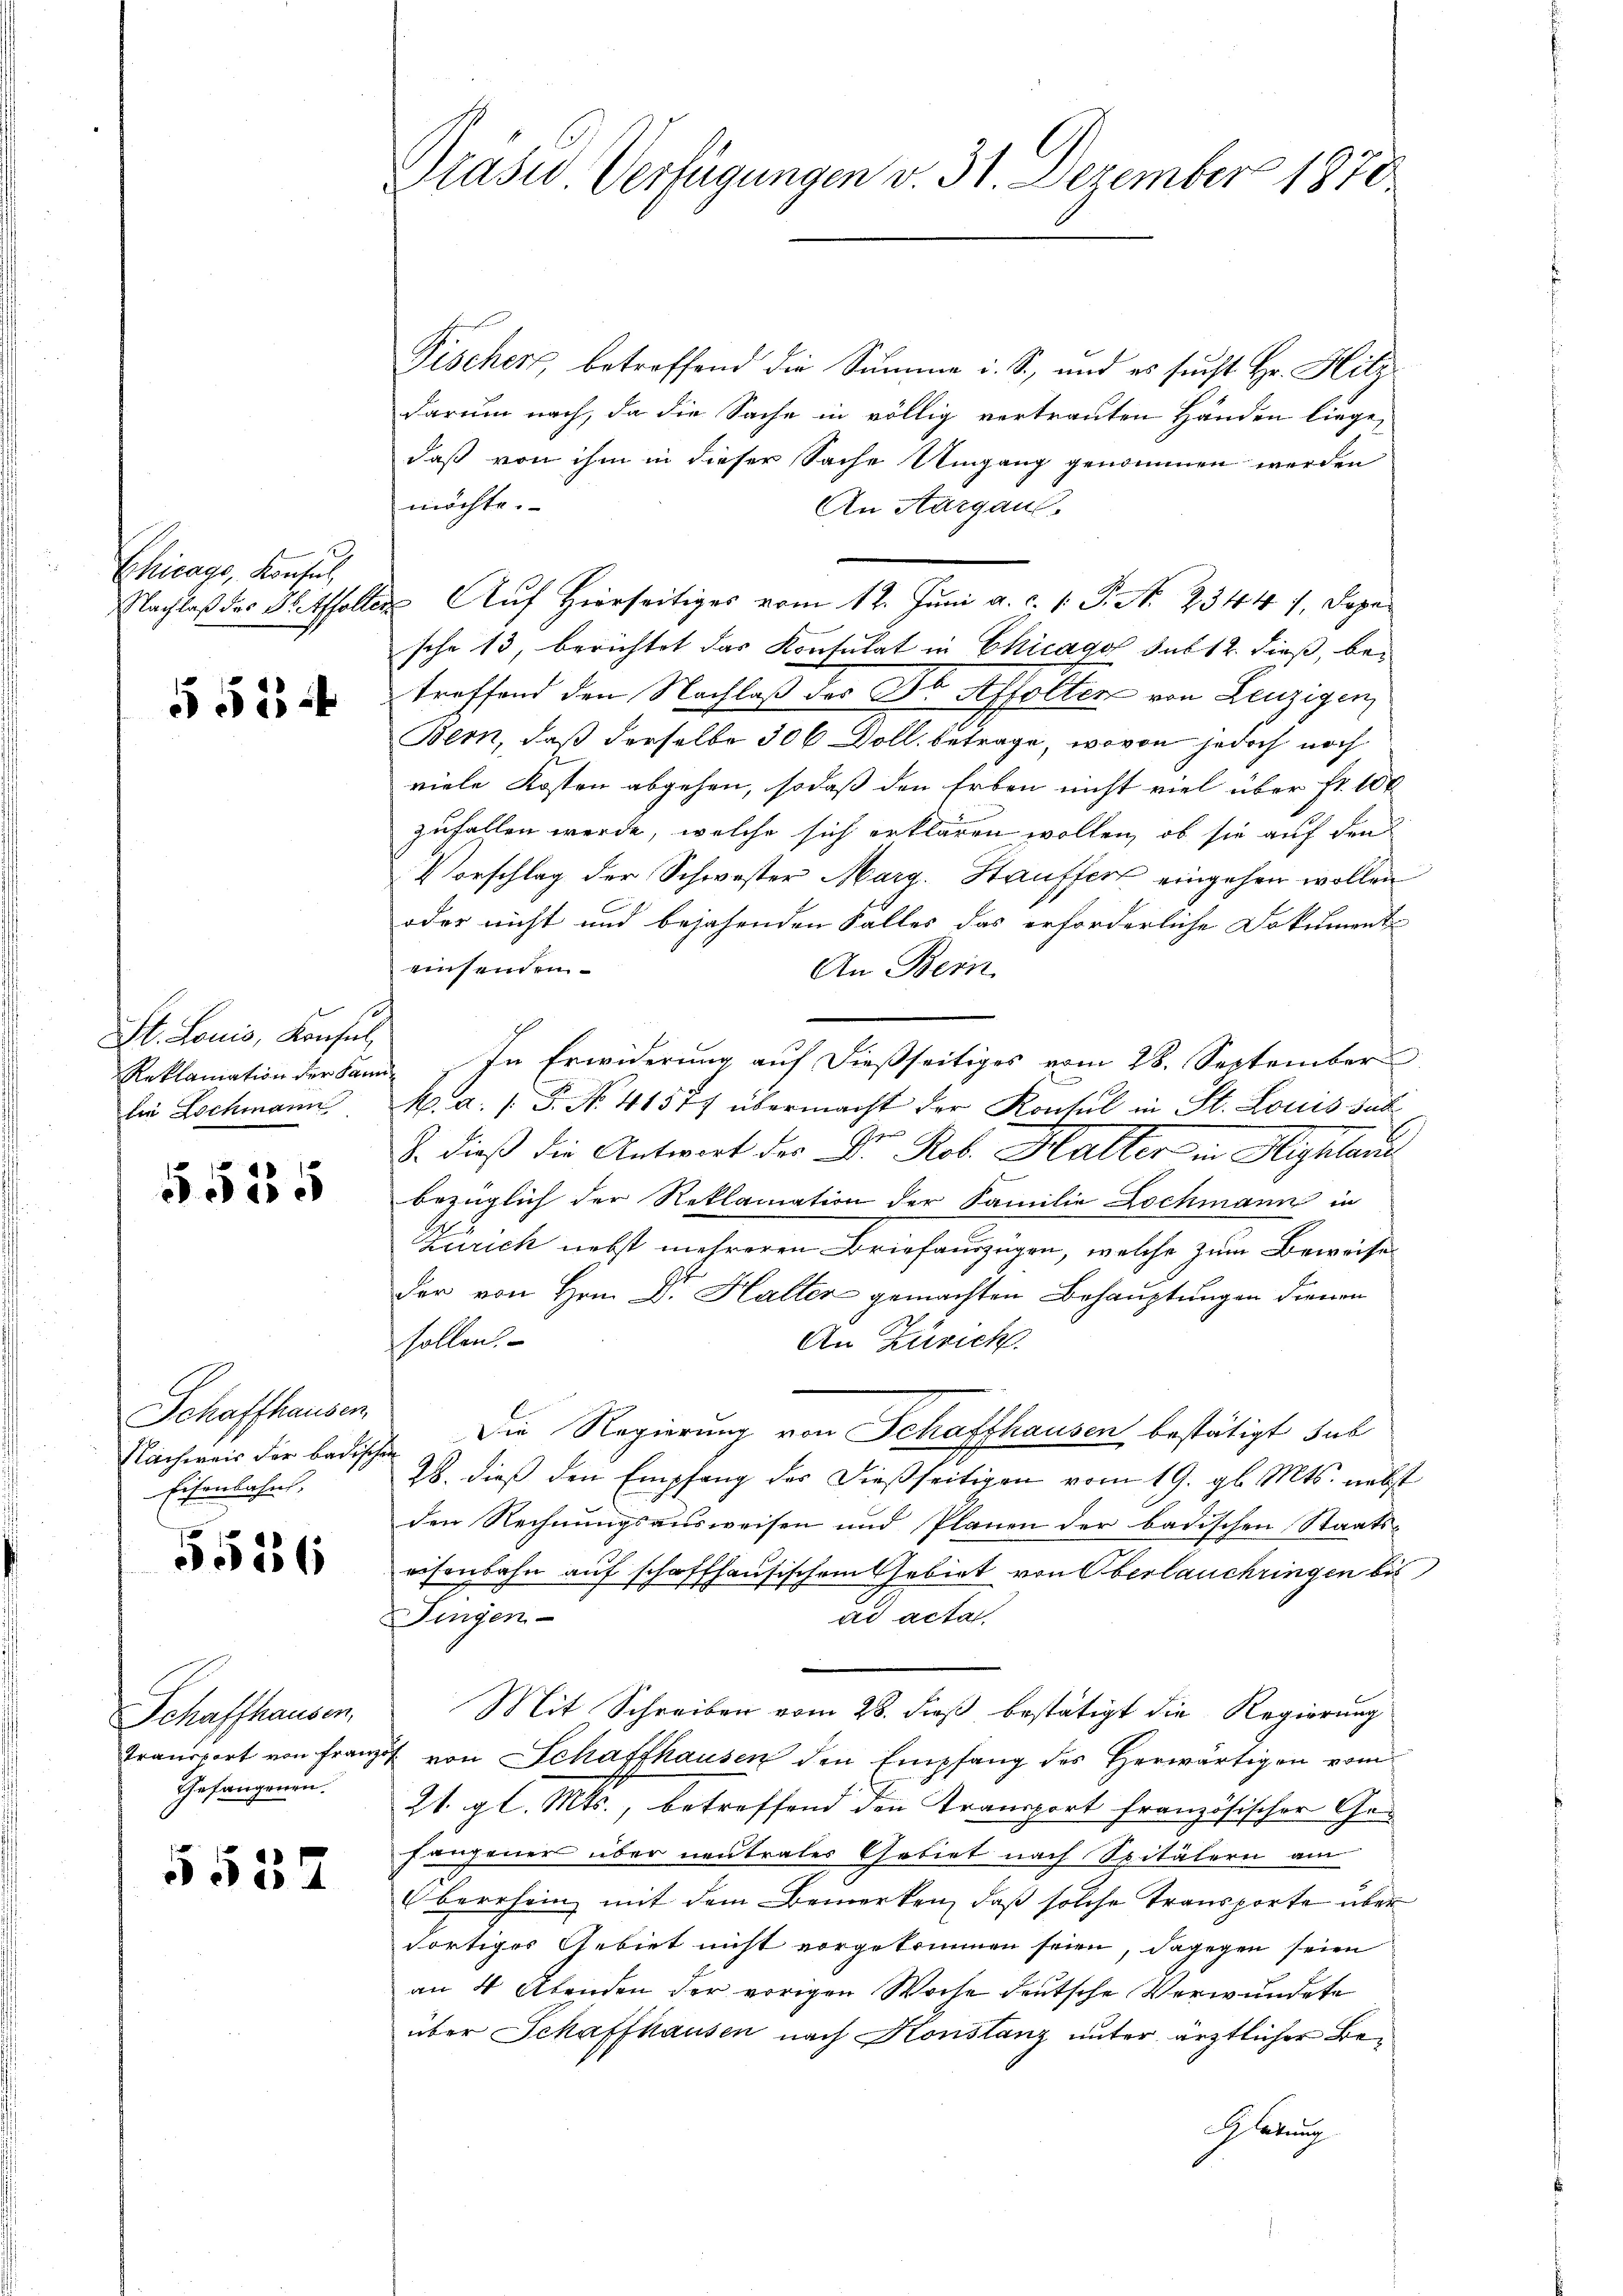
Chicago, Konsul
Nachlaß des Dr. Affolter

§ 53 ff

St. Louis, Konsul,
Reklamation der kann
lie Lochmann

5525

Schaffhausen,
Nachweis der Badis
Eisenbahns,

5526

Schaffhausen,
Transport von Franz
Gefangenen.

5557

Präser Verfügungen v. 31. Dezember 1870.

Pischer betreffend die Summe i. S., und es sucht Hr. Hitz
darum nach, da die Sache in völlig vertrauten Händen liegedaß von ihm in dieser Sache Umgang genommen werden
möchte.
An Aargau.
 Auf Hierseitiges vom 12. Juni a. c. v. P. N. 23441. Depesche 13, berichtet das Konsulat in Chicago sub 12. dieß, betroffend den Nachlaß der Dr Affolter von Lenzigen
Bern, daß derselbe 300 Doll, betrage, wovon jedoch noch
viele Kosten abgehen, sodaß den Erben nicht viel über fr. 100
zufallen werde, welche sich erklären wollen, ob sie auf den
Vorschlag der Schwester Marg. Hauffert eingehen wollen
oder nicht und bejahenden Falles das erforderliche Dokument
einsenden
An Bern.
In Erwiderung auf dießseitiges vom 28. September
k. a. / 5. No. 41517 übermacht der Konsul in St. Louis sub
B. dieß die Antwort des Dr. Rob. Halter in Highland
bezüglich der Reklamation der Familie Lochmann in
zurich nebst mehreren Briefäugigen, welche zum Bewiche
der von Hrn. Dr. Halter gemachten Behauptungen dienen
sollen.
An Zürich.
Die Regierung von Schafthausen bestätigt sub
2.
28. dieß den Empfang der dießseitigen vom 19. gl. Mts. nebst
den Rechnungsausweisen und Plänen der badischen Staatseisenbahn auf schaffhausischem Gebiet von Oberlauchringen bis
Fingen
ad acta.
Mit Schreiben vom 28. dieß bestätigt die Regierung
31. von Schaffhausen den Empfang des Herwärtigen vom
21. gl. Mts., betreffend den Transport französischer Gefangener über neutrales Gebiet nach Spitälern am
berrhein mit dem Bemerken, daß solche Transporte über
dortiges Gebiet nicht vorgekommen seien, dagegen seien
an 4 Abenden der vorigen Woche deutsche Verwundete
über Schaffhausen nach Konstanz unter ärztlicher Be¬
Hletung